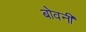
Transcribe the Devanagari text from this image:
बोवनी